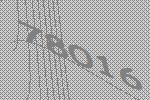
78016